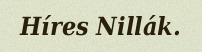
Híres Nillák.